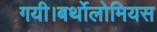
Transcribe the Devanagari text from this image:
गयी।बर्थोलोमियस